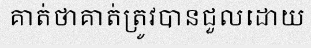
គាត់ថាគាត់ត្រូវបានជួលដោយ